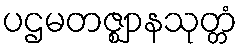
ပဌမတဇ္ဈာနသုတ္တံ